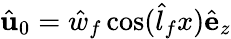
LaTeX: \hat{\mathbf{u}}_{0}=\hat{w}_{f}\cos(\hat{l}_{f}x)\hat{\mathbf{e}}_{z}